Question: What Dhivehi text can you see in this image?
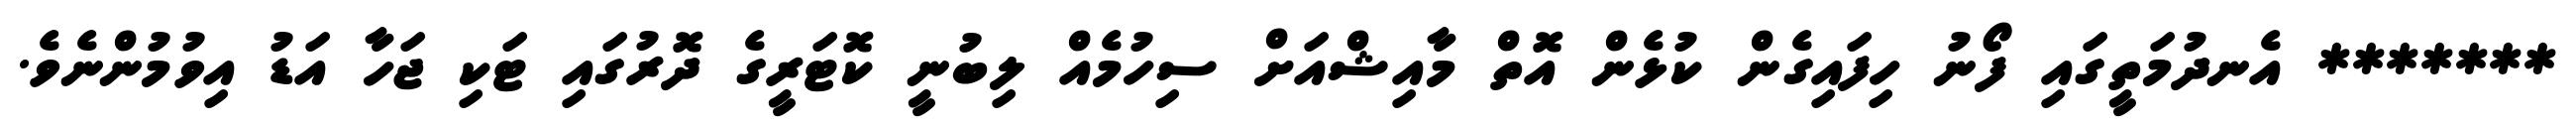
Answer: ******* އެނދުމަތީގައި ފޯނު ހިފައިގެން ކުޅެން އޮތް މާއިޝްއަށް ސިހުމެއް ލިބުނީ ކޮޓަރީގެ ދޮރުގައި ޓަކި ޖަހާ އަޑު އިވުމުންނެވެ.